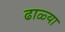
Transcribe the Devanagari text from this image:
ढाळ्या